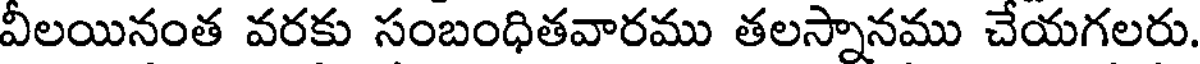
వీలయినంత వరకు సంబంధితవారము తలస్నానము చేయగలరు